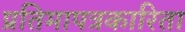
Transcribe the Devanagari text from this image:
प्रतिमापत्रकारिता